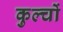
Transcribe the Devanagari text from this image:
कुल्चों